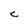
Character: C